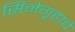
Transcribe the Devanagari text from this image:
सिनेगृहाचे